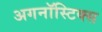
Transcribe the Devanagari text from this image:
अगनॉस्टिक्स